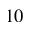
1 0